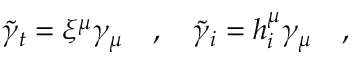
\tilde { \gamma } _ { t } = \xi ^ { \mu } \gamma _ { \mu } ~ ~ ~ , ~ ~ ~ \tilde { \gamma } _ { i } = h _ { i } ^ { \mu } \gamma _ { \mu } ~ ~ ~ ,